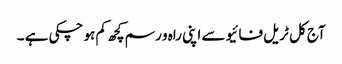
آج کل ٹریل فائیو سے اپنی راہ و رسم کچھ کم ہو چکی ہے ۔